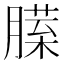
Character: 𰯏